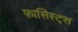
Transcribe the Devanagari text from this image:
फ़ासिस्ट्स